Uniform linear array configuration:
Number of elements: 32
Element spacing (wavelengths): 0.25
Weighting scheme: kaiser
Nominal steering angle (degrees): -45
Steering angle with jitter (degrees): -46.78
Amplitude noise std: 0.05
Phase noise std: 0.05

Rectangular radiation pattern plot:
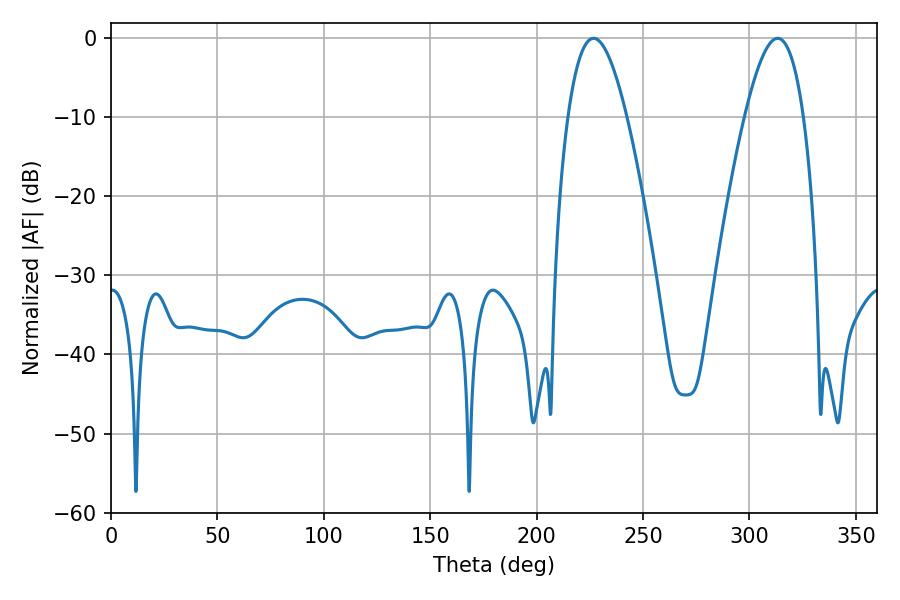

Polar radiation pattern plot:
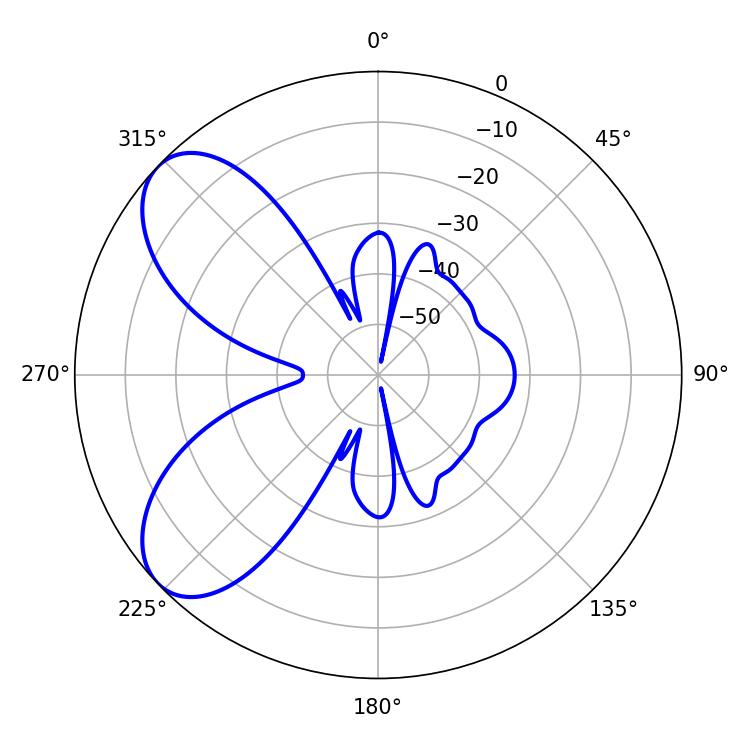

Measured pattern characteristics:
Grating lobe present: FALSE
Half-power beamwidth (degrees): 15.12
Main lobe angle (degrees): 226.8